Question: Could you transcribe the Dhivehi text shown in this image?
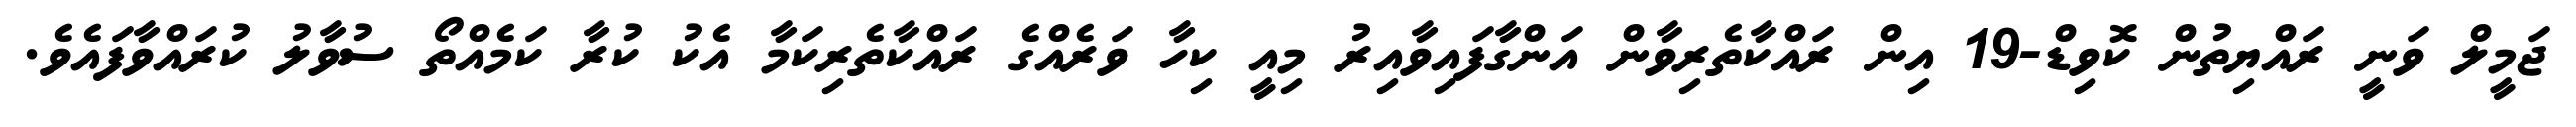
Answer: ޖަމީލް ވަނީ ރައްޔިތުން ކޮވިޑް-19 އިން ރައްކާތެރިވާން އަންގާފައިވާއިރު މިއީ ކިހާ ވަރެއްގެ ރައްކާތެރިކަމާ އެކު ކުރާ ކަމެއްތޯ ސުވާލު ކުރައްވާފައެވެ.